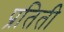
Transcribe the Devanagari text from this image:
प्रतिती